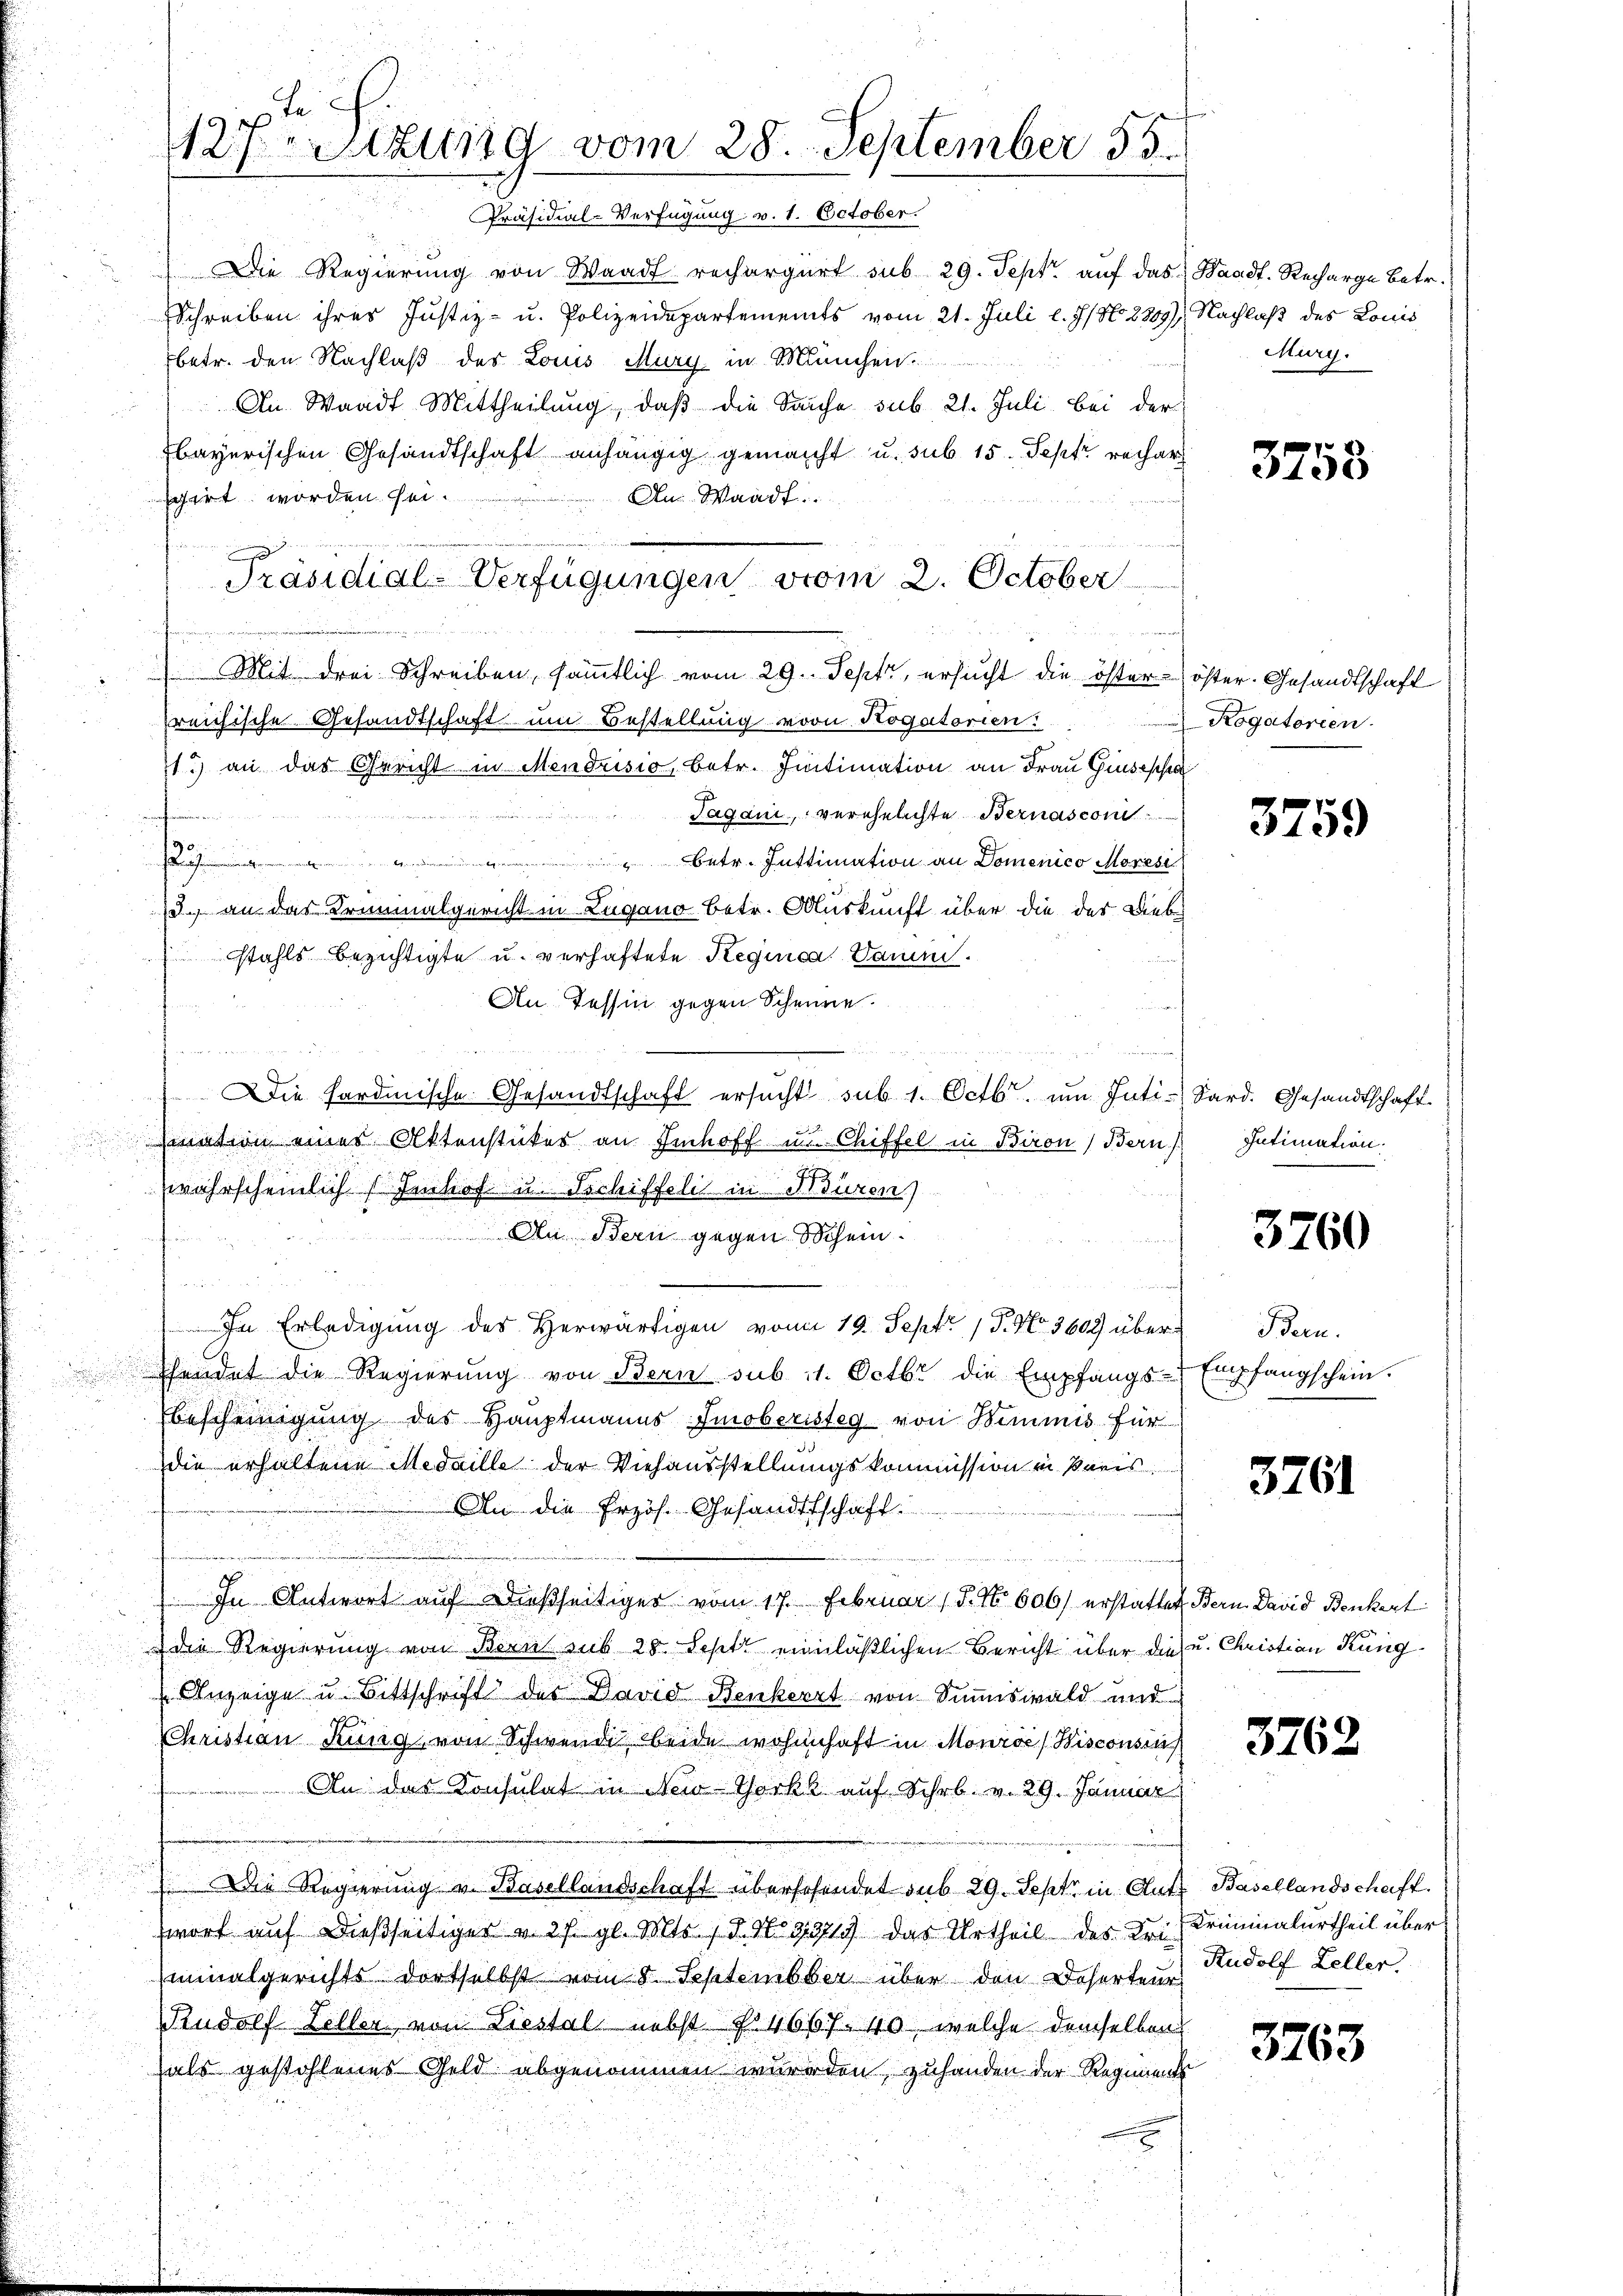
Präsidial-Verfügung v. 1. October.
Die Regierung von Waadt rechargirt sub 29. Sept. auf das Waadt. Recharge betr.
Schreiben ihres Justiz- u. Polizeidepartements vom 21. Juli l. J. No. 3309), Nachlaß des Louis
betr. den Nachlaß des Louis Murg in München.
An Waadt Mittheilung, daβ die Sache sub 21. Juli bei der
bayerischen Gesandtschaft anhängig gemacht u. sub 15. Sept rechar
schirt worden sei.
An Waadt
reichische Gesandtschaft um Bestellung von Rogatorien:
11.) an das Gericht in Mendrisio, betr. Iintimation an Frau Giusepha
Sagen, verehelichte Bernasconi
tinen un
e
Betr. Inttimation an Domenico Moresi
13. an das Kriminalgericht in Lugano betr. Auskunft über die der Dieb¬
Eitahls bezichtigte u. verhaftete Reginica Damini¬
An Tessin gegen Scheune.
.
u
und einrich
) Die Hardmische Gesandtschaft ersucht sub 1. Octb. um Intibnation eines Attenstückes an Imhoff in Chiffel in Biron Bern
J
wahrscheinlich Imhof u. Tschiffeli in Fiduren)
An Bern gegen Schein.
u
In Erledigung des Herwärtigen vom 19. Sept 17. No. 3609 über Bern.
hendet die Regierŭng von Bern sub 11. Octbr die Empfangs-Empfangschein.
Bescheinigung des Hauptmanns-Imoberisteg von Bemmnis für
die erhaltene Medaille der Viehausstellungskommission in Paris
An die Erzös. Gesandtschaft.
In Antwort auf dießseitiger vom 17. Februar 15. No. 606) erstattet Bern. David Benkert
 die Regierung von Bern sub 28. Sept. einläßlichen Bericht über die u. Christian Küng¬
Anzeige u. Bittschrift des David Benkert von Summiswald und
CChristian Kung von Schwende beide wohnhaft in Monioe (Wisconsin
An das Konsulat in New-Yorkl auf Schr. v. 29. Januar
Die Regierung v. Basellandschaft übersehendet sub 29. Sept in Gute Basellandschaft.
wort auf dießseitiger v. 27. gl. Mts. / 5. No 9971 das Urtheil des Fr. Kriminalurtheil über
iinalgerichts dortselbst vom 8. September über den Deserten Rudolf Zeller.
Rudolf Zeller von Liestel nebst No 4667. 40, welche demselben
hals gestohlenes Geld abgenommen wurden, zuhanden der Regiments

fe
127Stzung vom 28. September 83.

Präsidial-Verfügungen vom 2. October
 Mit drei Schreiben, sämmtlich vom 29. Sept, ersucht die öster-öster Gesandtschaft

Murg.

3758

Kogatorien.

3759

Sard. Gesandtschaft.
Intimation.

3760

3761

3762

3763